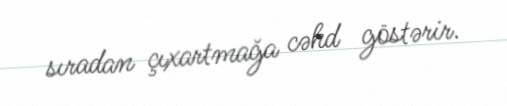
sıradan çıxartmağa cəhd göstərir.